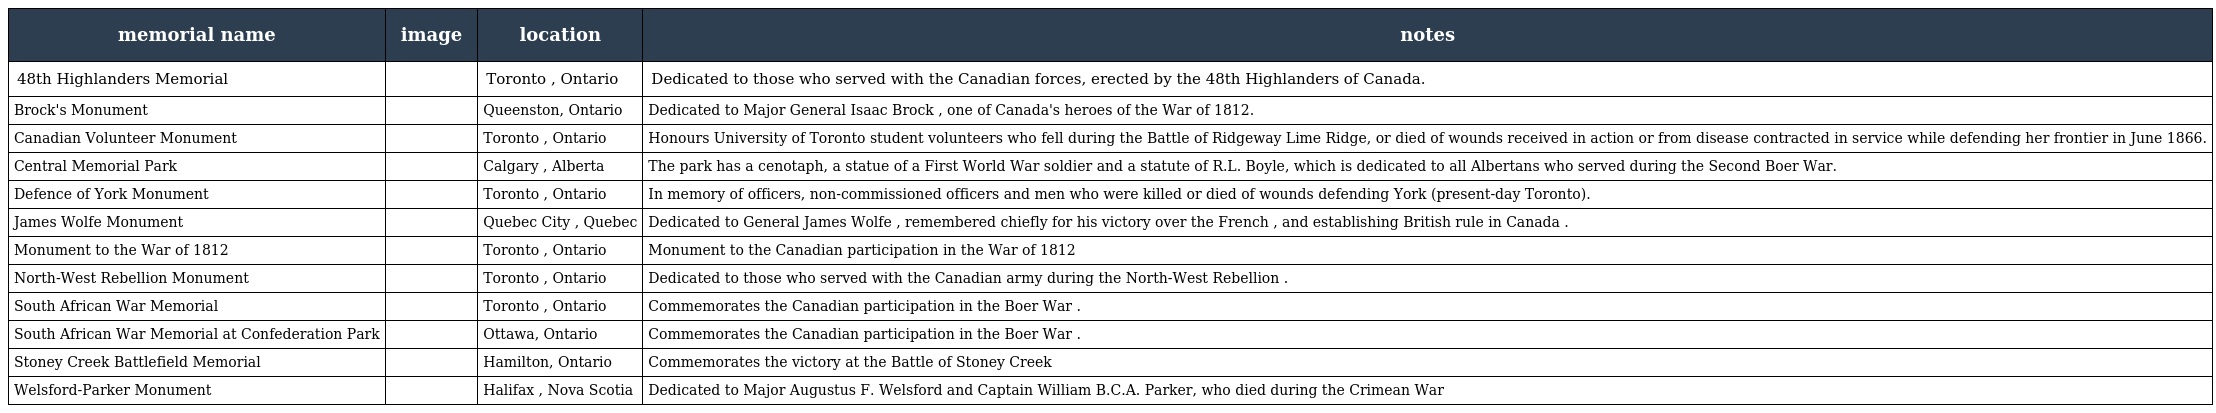
| memorial name | image | location | notes |
 | --- | --- | --- | --- |
 | 48th Highlanders Memorial |  | Toronto , Ontario | Dedicated to those who served with the Canadian forces, erected by the 48th Highlanders of Canada. |
 | Brock's Monument |  | Queenston, Ontario | Dedicated to Major General Isaac Brock , one of Canada's heroes of the War of 1812. |
 | Canadian Volunteer Monument |  | Toronto , Ontario | Honours University of Toronto student volunteers who fell during the Battle of Ridgeway Lime Ridge, or died of wounds received in action or from disease contracted in service while defending her frontier in June 1866. |
 | Central Memorial Park |  | Calgary , Alberta | The park has a cenotaph, a statue of a First World War soldier and a statute of R.L. Boyle, which is dedicated to all Albertans who served during the Second Boer War. |
 | Defence of York Monument |  | Toronto , Ontario | In memory of officers, non-commissioned officers and men who were killed or died of wounds defending York (present-day Toronto). |
 | James Wolfe Monument |  | Quebec City , Quebec | Dedicated to General James Wolfe , remembered chiefly for his victory over the French , and establishing British rule in Canada . |
 | Monument to the War of 1812 |  | Toronto , Ontario | Monument to the Canadian participation in the War of 1812 |
 | North-West Rebellion Monument |  | Toronto , Ontario | Dedicated to those who served with the Canadian army during the North-West Rebellion . |
 | South African War Memorial |  | Toronto , Ontario | Commemorates the Canadian participation in the Boer War . |
 | South African War Memorial at Confederation Park |  | Ottawa, Ontario | Commemorates the Canadian participation in the Boer War . |
 | Stoney Creek Battlefield Memorial |  | Hamilton, Ontario | Commemorates the victory at the Battle of Stoney Creek |
 | Welsford-Parker Monument |  | Halifax , Nova Scotia | Dedicated to Major Augustus F. Welsford and Captain William B.C.A. Parker, who died during the Crimean War |